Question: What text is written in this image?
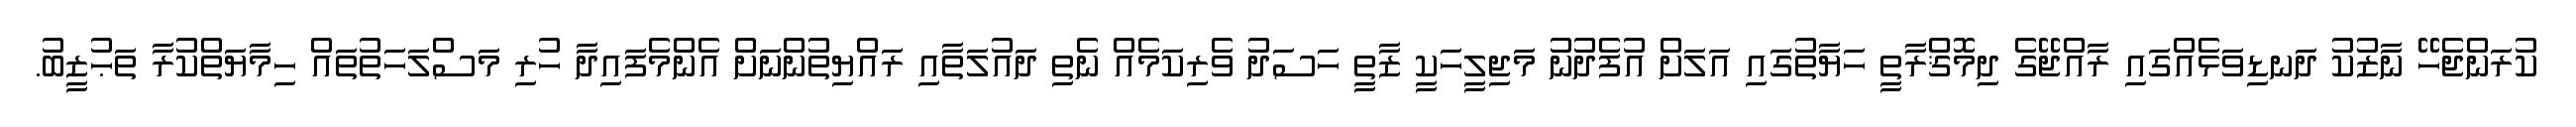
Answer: ކުރަންޖެހޭ ނާޒުކު ދަނޑިވަޅެއްގައި ރާއްޖޭގެ ދިމޮޤްރާތީ ހަޔާތުގައި އަލަށް އުފެދުނު މަޖިލީހަކީ ޒާތީ ހަސަދު ވެރިކަމެއް ނެތި ދައުލަތާއި ރައްޔިތުންނަށް އެންމެފައިދާ ހުރި މަސްލަހަތުތައް ހިމާޔަތްކުރާ ތަޙުޒީބު.